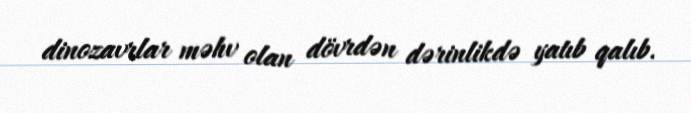
dinozavrlar məhv olan dövrdən dərinlikdə yatıb qalıb.